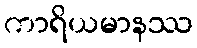
ကာရိယမာနဿ